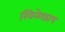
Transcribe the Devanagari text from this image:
खिळेछाप